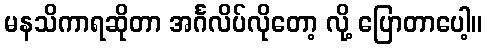
မနသိကာရဆိုတာ အင်္ဂလိပ်လိုတော့ လို့ ပြောတာပေါ့။